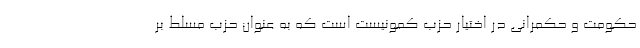
حکومت و حکمرانی در اختیار حزب کمونیست است که به عنوان حزب مسلط بر